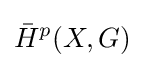
{\bar {H}}^{p}(X,G)